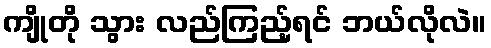
ကျိုတို သွား လည်ကြည့်ရင် ဘယ်လိုလဲ။